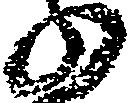
の